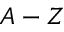
A - Z